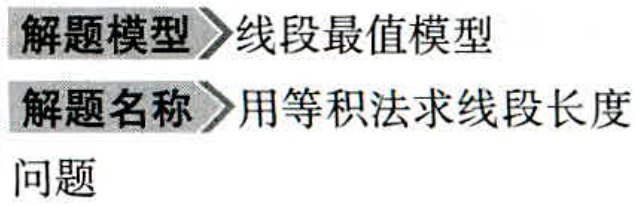
解题模型 线段最值模型

解题名称 用等积法求线段长度

问题